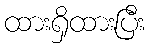
ထားရှိထားပြီး